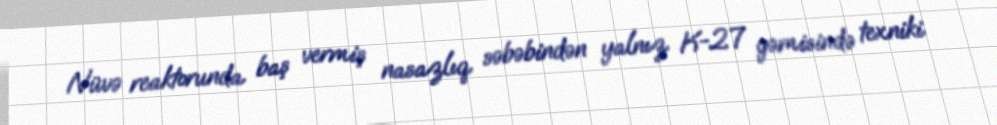
Nüvə reaktorunda baş vermiş nasazlıq səbəbindən yalnız K-27 gəmisində texniki